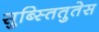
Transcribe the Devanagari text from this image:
सुब्स्तितुतेस